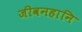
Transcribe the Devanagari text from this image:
जीवनहानि